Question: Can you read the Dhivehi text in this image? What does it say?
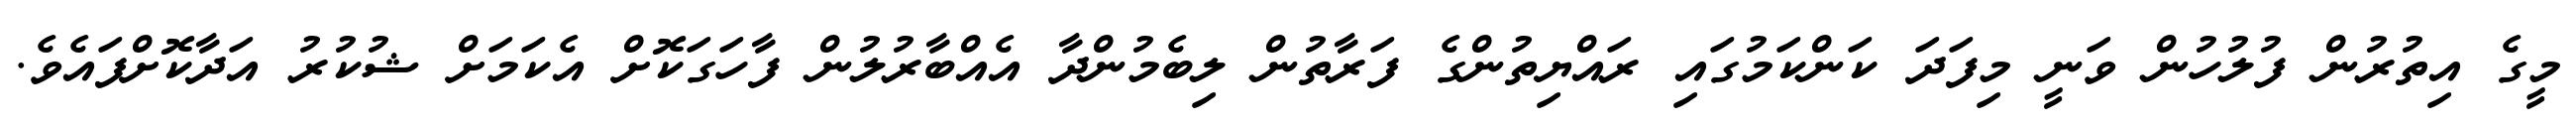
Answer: މީގެ އިތުރުން ފުލުހުން ވަނީ މިފަދަ ކަންކަމުގައި ރައްޔިތުންގެ ފަރާތުން ލިބެމުންދާ އެއްބާރުލުން ފާހަގަކޮށް އެކަމަށް ޝުކުރު އަދާކޮށްފައެވެ.